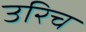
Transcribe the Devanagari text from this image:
उरिच